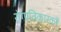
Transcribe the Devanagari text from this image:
रोग्प्रतिकारकों